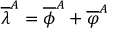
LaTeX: \overline { { { \lambda } } } ^ { A } = \overline { { { \phi } } } ^ { A } + \overline { { { \varphi } } } ^ { A }